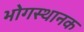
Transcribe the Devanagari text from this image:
भोगस्थानक